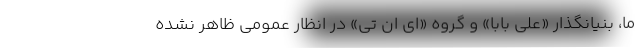
ما، بنیانگذار «علی بابا» و گروه «ای ان تی» در انظار عمومی ظاهر نشده